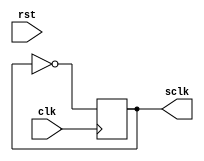
`timescale 1ns / 1ps
//////////////////////////////////////////////////////////////////////////////////
// Company: 
// Engineer: 
// 
// Design Name: 
// Module Name: SlowClockDivider
// Project Name: 
// Target Devices: 
// Tool Versions: 
// Description: 
// 
// Dependencies: 
// 
// Revision:
// Revision 0.01 - File Created
// Additional Comments:
// 
//////////////////////////////////////////////////////////////////////////////////


module SlowClockDivider(input clk, rst, output reg sclk);

initial begin
    sclk = 0;
end

always@ (posedge clk) begin
    sclk = !sclk;
end

endmodule